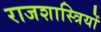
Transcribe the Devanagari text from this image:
राजशास्त्रियों